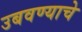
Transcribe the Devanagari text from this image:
उबवण्याचे